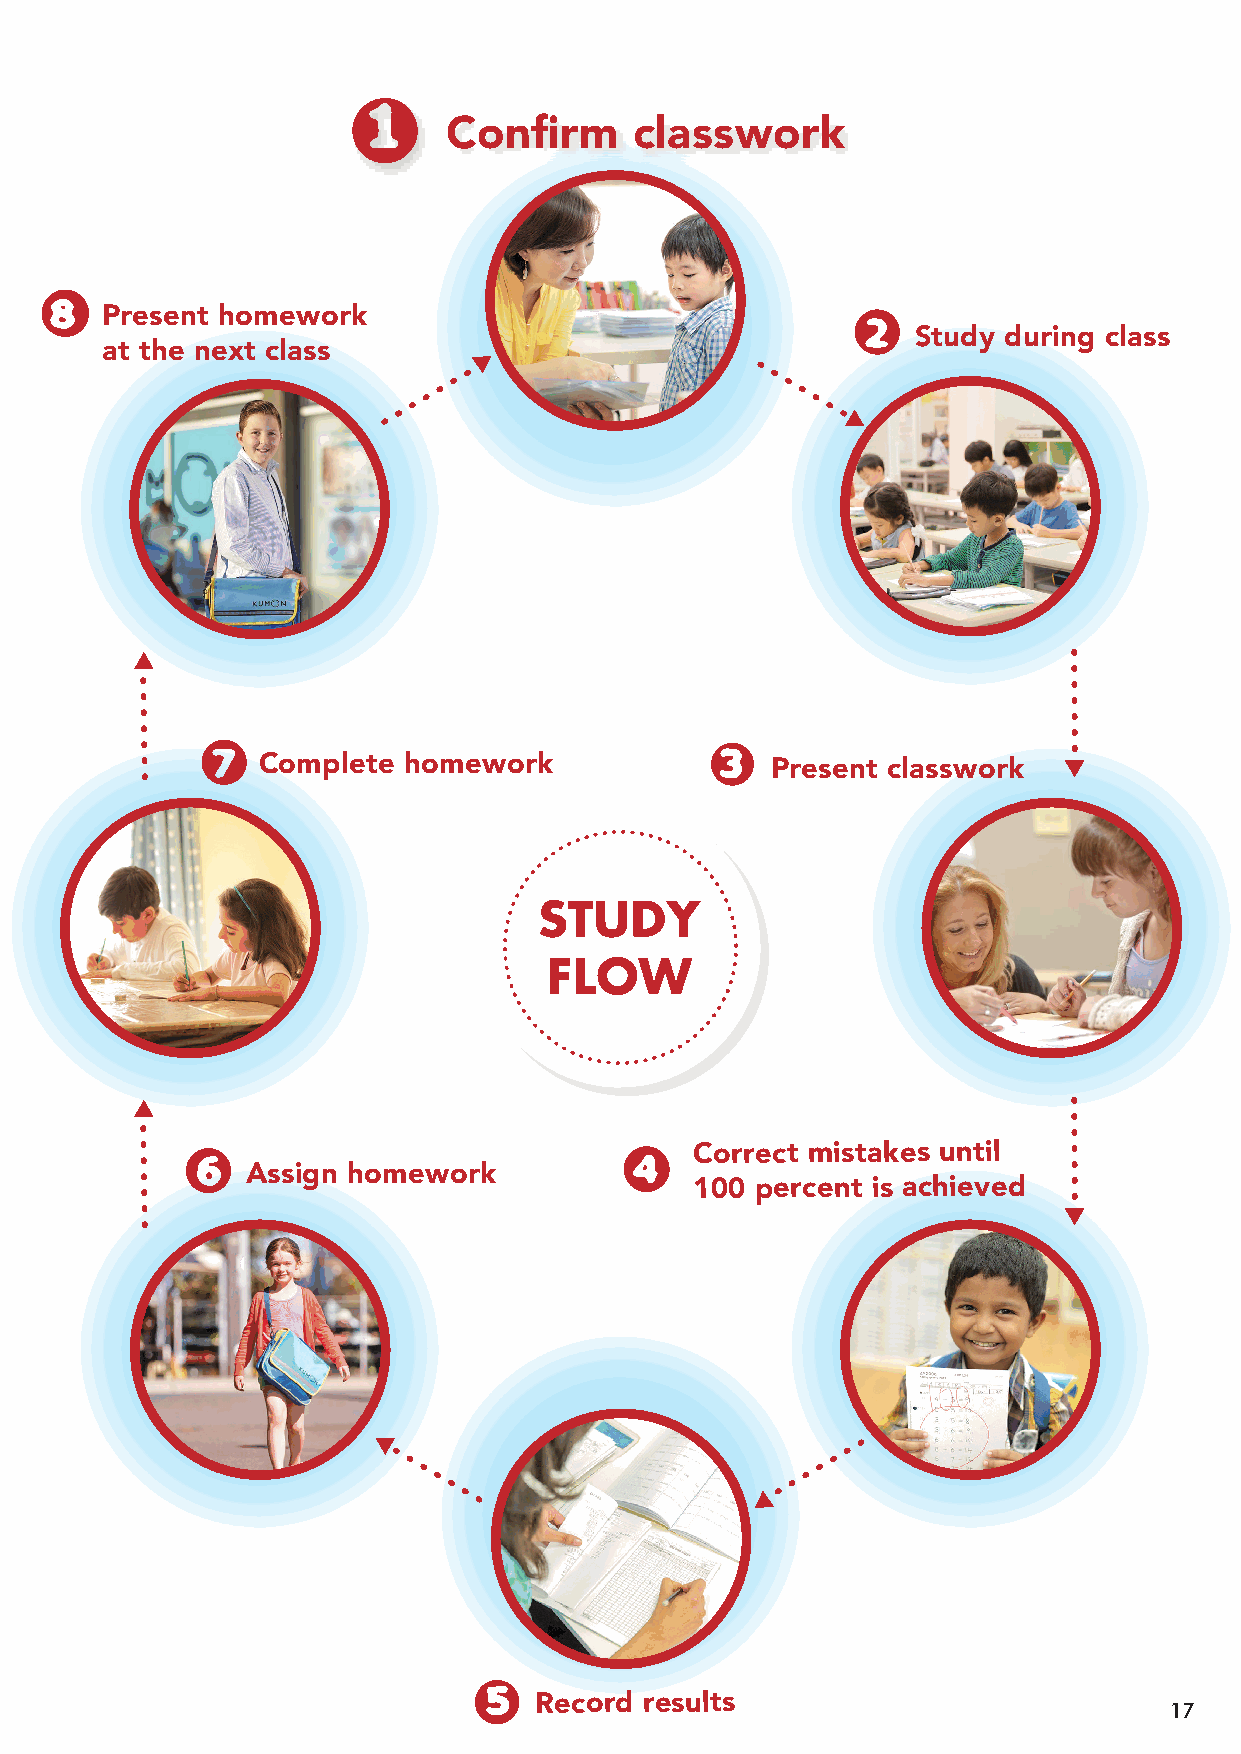
1
 Confirm     classwork
 8
 Present homework                                  2
 Study during class
 at the next class
 7                                 3
 Complete  homework                Present classwork
 6                            4    Correct mistakes until
 Assign homework
 100 percent is achieved
 5
 Record  results
 17